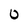
Character: 0